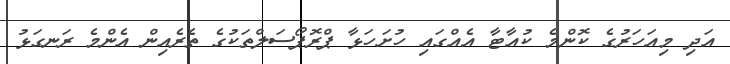
އަދި މިއަހަރުގެ ކޮންމެ ކުއާޓާ އެއްގައި ހުށަހަޅާ ޕްރޮޕޯސަލްތަކުގެ ތެރެއިން އެންމެ ރަނގަޅު